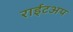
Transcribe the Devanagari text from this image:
राईटअप